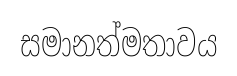
සමානත්මතාවය